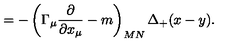
= - \left( \Gamma _ { \mu } \frac \partial { \partial x _ { \mu } } - m \right) _ { M N } \Delta _ { + } ( x - y ) .